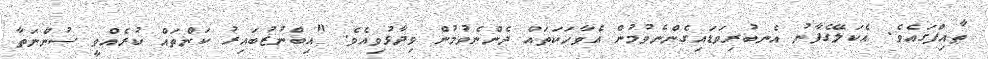
ޠާއިފްގައެވެ. އެކަލޭގެފާނު އެނބުރިވަޑައިގެންނެވުމުން އެވާހަކަތައް ދެންނެވުމުން ވިދާޅުވިއެވެ. "އިބްނުޒުބައިރު ކަންތައް ކުރެއްވީ ސުންނަތާ